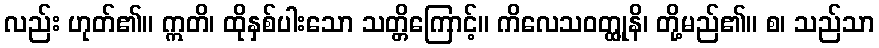
လည်း ဟုတ်၏။ ဣတိ၊ ထိုနှစ်ပါးသော သတ္တိကြောင့်။ ကိလေသဝတ္ထုူနိ၊ တို့မည်၏။ စ၊ သည်သာ